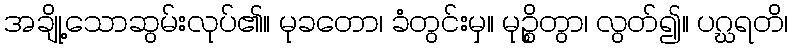
အချို့သောဆွမ်းလုပ်၏။ မုခတော၊ ခံတွင်းမှ။ မုဉ္စိတွာ၊ လွတ်၍။ ပဂ္ဃရတိ၊